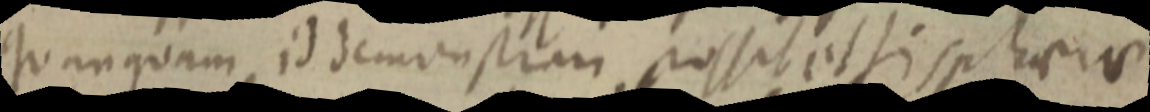
quanquam id demonstram possit et si sphaerae